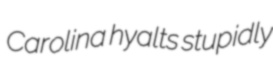
Carolina hyalts stupidly